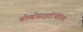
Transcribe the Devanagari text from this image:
थ्रोम्बोसाइटोंपीनिया